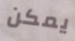
يمكن